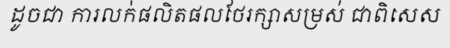
ដូចជា ការលក់ផលិតផលថែរក្សាសម្រស់ ជាពិសេស